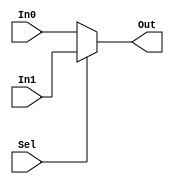
module Mux32_2to1 (Sel,In0,In1,Out);

	input Sel;
	input[31:0] In0, In1;

	output[31:0] Out;
		reg[31:0] Out;

	always @(Sel or In0 or In1)
	begin
		if(Sel)	// synopsys infer_mux
			Out = In1;
		else
			Out = In0;
	end

endmodule